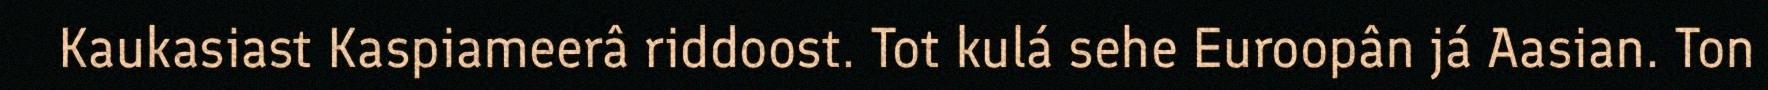
Kaukasiast Kaspiameerâ riddoost. Tot kulá sehe Euroopân já Aasian. Ton